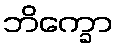
ဘိက္ခော